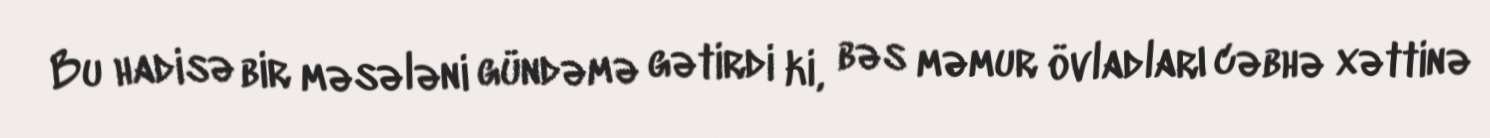
Bu hadisə bir məsələni gündəmə gətirdi ki, bəs məmur övladları cəbhə xəttinə